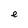
Character: e